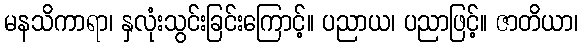
မနသိကာရာ၊ နှလုံးသွင်းခြင်းကြောင့်။ ပညာယ၊ ပညာဖြင့်။ ဇာတိယာ၊